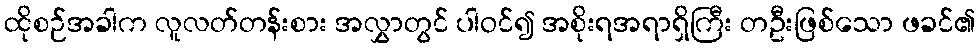
ထိုစဉ်အခါက လူလတ်တန်းစား အလွှာတွင် ပါဝင်၍ အစိုးရအရာရှိကြီး တဦးဖြစ်သော ဖခင်၏